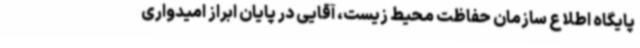
پایگاه اطلاع سازمان حفاظت محیط زیست، آقایی در پایان ابراز امیدواری